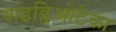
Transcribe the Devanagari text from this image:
बाइब्लिओटेका